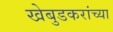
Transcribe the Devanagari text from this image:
खेबुडकरांच्या